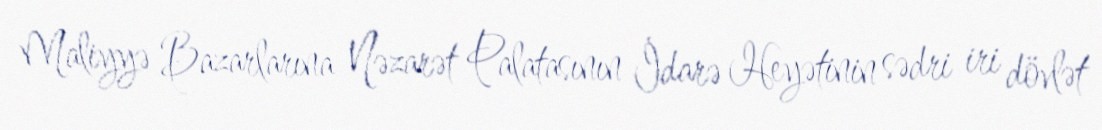
Maliyyə Bazarlarına Nəzarət Palatasının İdarə Heyətinin sədri iri dövlət